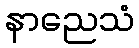
နာညေသံ